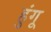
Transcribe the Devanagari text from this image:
हुंगू